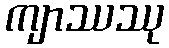
ကျာဿဿု